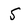
Character: 5